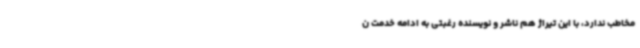
مخاطب ندارد، با این تیراژ هم ناشر و نویسنده رغبتی به ادامه خدمت ن